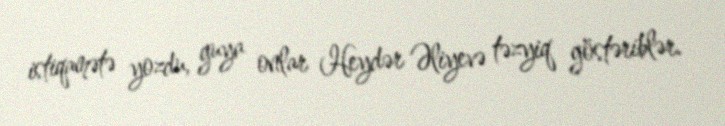
istiqamətə yozdu, guya onlar Heydər Əliyevə təzyiq göstəriblər.